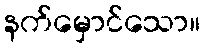
နက်မှောင်သော။